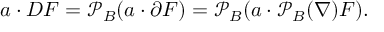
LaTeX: a \cdot D F = { \mathcal { P } } _ { B } ( a \cdot \partial F ) = { \mathcal { P } } _ { B } ( a \cdot { \mathcal { P } } _ { B } ( \nabla ) F ) .